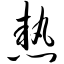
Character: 热